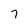
Character: 7